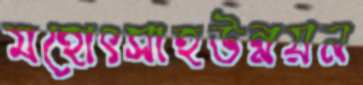
মহোৎসাহউন্নয়ন